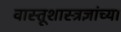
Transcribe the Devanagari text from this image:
वास्तूशास्त्रज्ञांच्या